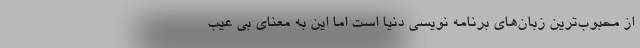
از محبوب‌ترین زبان‌های برنامه نویسی دنیا است اما این به معنای بی عیب